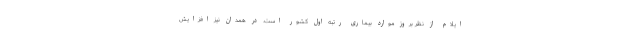
ایلام از نظر بروز موارد بیماری رتبه اول کشور است. در همدان نیز افزایش